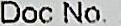
DOC NO. :